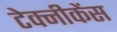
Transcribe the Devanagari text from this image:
टेक्नीकेंस